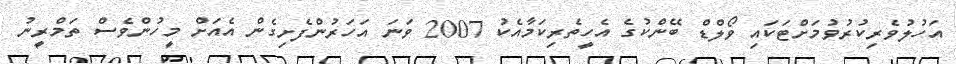
އަހުލުވެރިކުރުވުމަށްޓަކައި ވޯލްޑް ބޭންކުގެ އެހީތެރިކަމާއެކު 2007 ވަަނަ އަހަރުންފެށިގެން އެއަށް މީހުންވެސް ތަމްރީނު